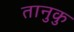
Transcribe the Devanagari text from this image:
तानुकु